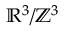
\mathbb { R } ^ { 3 } / \mathbb { Z } ^ { 3 }